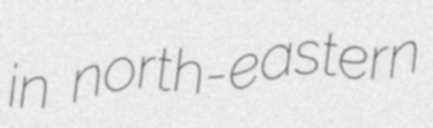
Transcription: in north-eastern